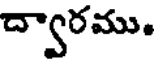
ద్వారము.